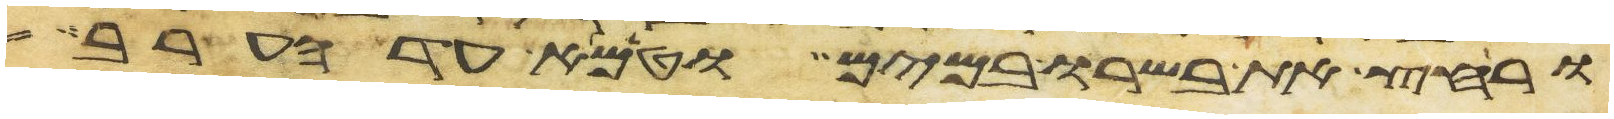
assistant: ורחץ את בשרו במים וטמא עד הערב